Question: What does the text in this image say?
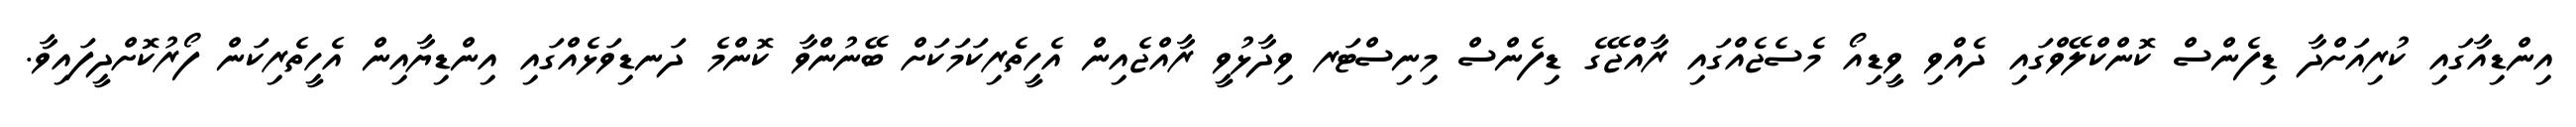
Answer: އިންޑިއާގައި ކުރިއަށްދާ ޑިފެންސް ކޮންކްލޭވްގައި ދެއްވި ވީޑިއޯ މެސެޖެއްގައި ރާއްޖޭގެ ޑިފެންސް މިނިސްޓަރ ވިދާޅުވީ ރާއްޖެއިން އެހީތެރިކަމަކަށް ބޭނުންވާ ކޮންމެ ދަނޑިވަޅެއްގައި އިންޑިޔާއިން އެހީތެރިކަން ފޯރުކޮށްދީފައިވާ.